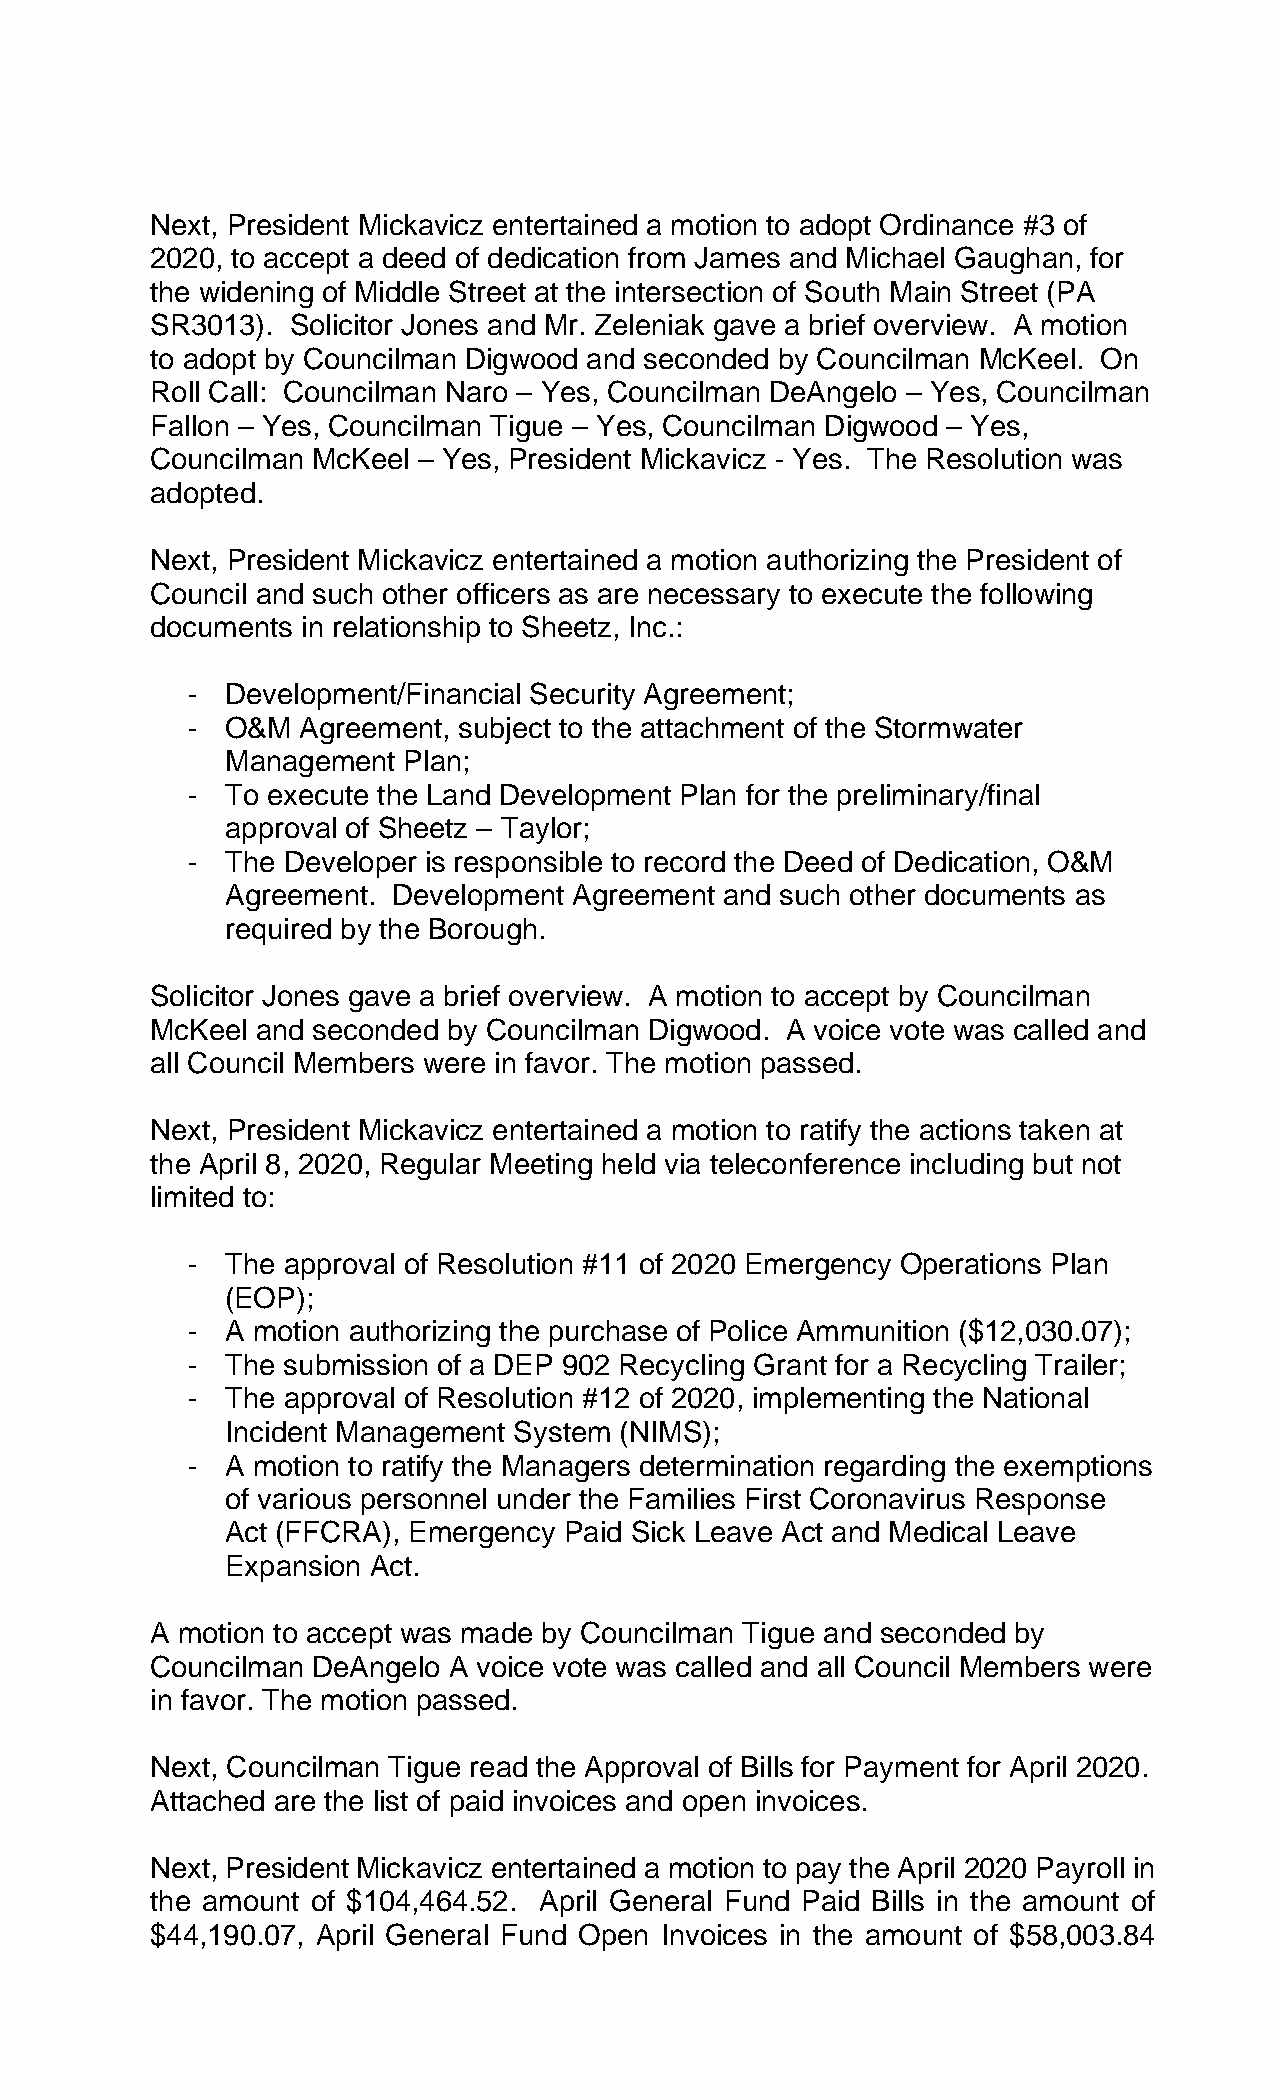
Next, President Mickavicz entertained a motion to adopt Ordinance #3 of
 2020, to accept a deed of dedication from James and Michael Gaughan, for
 the widening of Middle Street at the intersection of South Main Street (PA
 SR3013). Solicitor Jones and Mr. Zeleniak gave a brief overview. A motion
 to adopt by Councilman Digwood and seconded by Councilman McKeel. On
 Roll Call: Councilman Naro – Yes, Councilman DeAngelo – Yes, Councilman
 Fallon – Yes, Councilman Tigue – Yes, Councilman Digwood – Yes,
 Councilman McKeel – Yes, President Mickavicz - Yes. The Resolution was
 adopted.
 Next, President Mickavicz entertained a motion authorizing the President of
 Council and such other officers as are necessary to execute the following
 documents in relationship to Sheetz, Inc.:
 -  Development/Financial Security Agreement;
 -  O&M  Agreement, subject to the attachment of the Stormwater
 Management  Plan;
 -  To execute the Land Development Plan for the preliminary/final
 approval of Sheetz – Taylor;
 -  The Developer is responsible to record the Deed of Dedication, O&M
 Agreement. Development Agreement and such other documents as
 required by the Borough.
 Solicitor Jones gave a brief overview. A motion to accept by Councilman
 McKeel and seconded by Councilman Digwood. A voice vote was called and
 all Council Members were in favor. The motion passed.
 Next, President Mickavicz entertained a motion to ratify the actions taken at
 the April 8, 2020, Regular Meeting held via teleconference including but not
 limited to:
 -  The approval of Resolution #11 of 2020 Emergency Operations Plan
 (EOP);
 -  A motion authorizing the purchase of Police Ammunition ($12,030.07);
 -  The submission of a DEP 902 Recycling Grant for a Recycling Trailer;
 -  The approval of Resolution #12 of 2020, implementing the National
 Incident Management System (NIMS);
 -  A motion to ratify the Managers determination regarding the exemptions
 of various personnel under the Families First Coronavirus Response
 Act (FFCRA), Emergency Paid Sick Leave Act and Medical Leave
 Expansion Act.
 A motion to accept was made by Councilman Tigue and seconded by
 Councilman DeAngelo A voice vote was called and all Council Members were
 in favor. The motion passed.
 Next, Councilman Tigue read the Approval of Bills for Payment for April 2020.
 Attached are the list of paid invoices and open invoices.
 Next, President Mickavicz entertained a motion to pay the April 2020 Payroll in
 the amount of $104,464.52. April General Fund Paid Bills in the amount of
 $44,190.07, April General Fund Open Invoices in the amount of $58,003.84